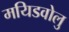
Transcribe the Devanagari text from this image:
मयिडवोलु